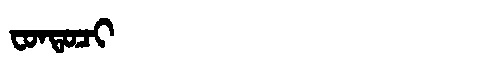
Manchu: ᠸᠣᠨᡨᠣᠴᡳ
Romanization: FONTOCI